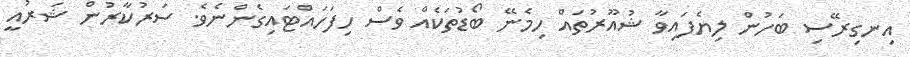
އިނގިރޭސި ބަހުން ލިޔެފައިވާ ޝުއޫރުތައް ހިމެނޭ ބޯޑުތަކެއް ވެސް ހިފަހައްޓައިގެންނެވެ. ސަރުކާރުން ޝަރުއީ